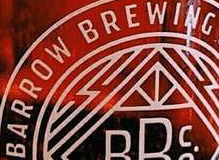
BARROW BREWING